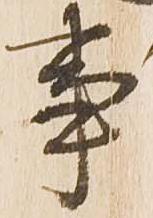
事